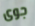
جوى